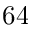
6 4